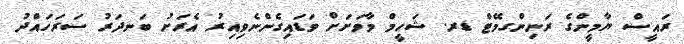
ރައީސް ޔާމީންގެ ރަނިންގމޭޓް ޑރ. ޝަހީމް މާވަށަށް ވަޑައިގެންނެވިއިރު އެރަށު ބަނދަރު ސަރަހައްދު